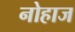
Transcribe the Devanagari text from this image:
नोहाज